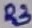
Text: R3